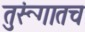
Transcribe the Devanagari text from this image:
तुरूंगातच